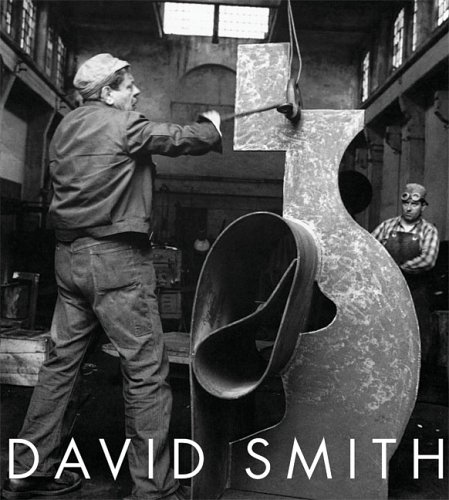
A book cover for David Smith: A Centennial; David Smith; Arts & Photography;